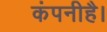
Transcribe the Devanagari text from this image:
कंपनीहै।